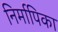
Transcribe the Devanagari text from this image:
निर्मापिका